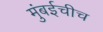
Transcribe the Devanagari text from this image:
मुंबईचीच